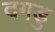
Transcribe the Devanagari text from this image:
दगडु